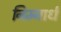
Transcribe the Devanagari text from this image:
निम्नार्ध